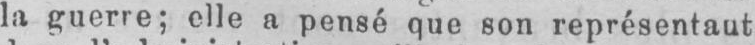
la guerre; elle a pensé que son représentant